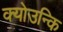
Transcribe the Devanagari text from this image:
क्योउन्कि